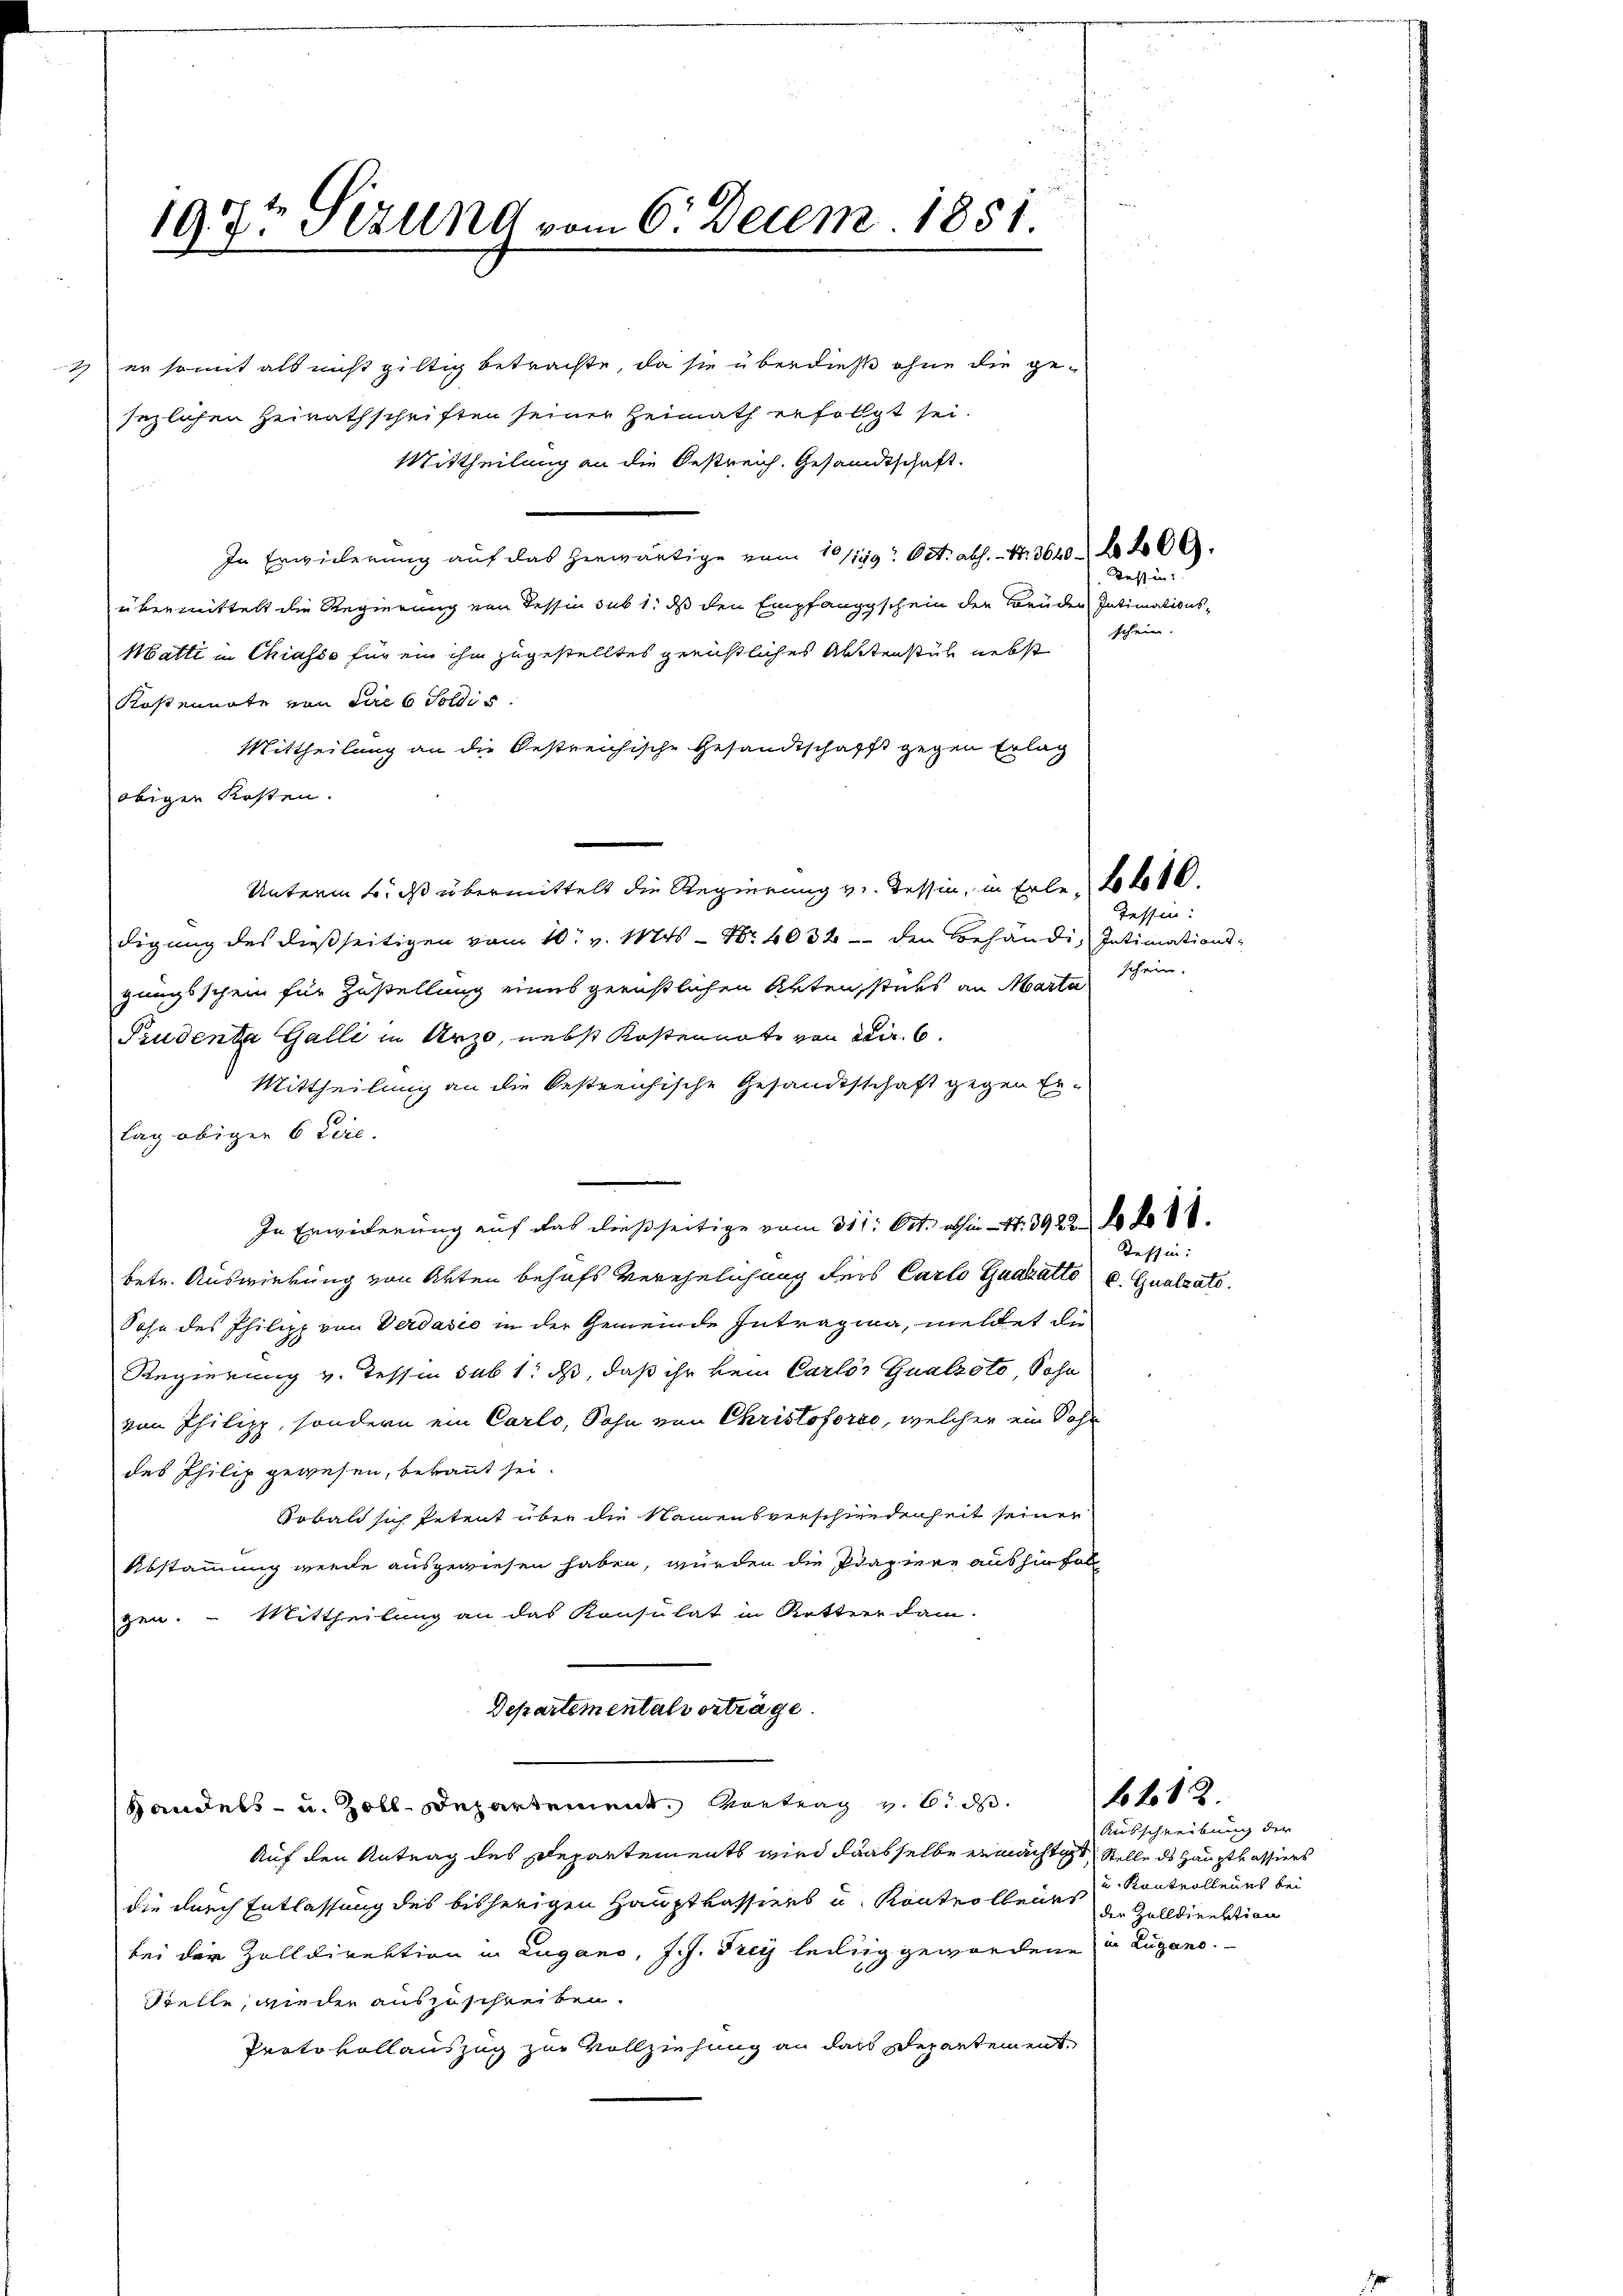
197t Sizung vom 6. Decem. 1851.
er somit als nicht giltig betrachte, da sie überdieß ohne die ge¬

sezlichen Heirathschriften seiner Heimath erfolgt sei.
Mittheilung an die Oestreich. Gesandtschaft.
In Erwiederung auf das herwärtige vom 10/119. Oct. ab. Nr. 3640 f 20
übermittelt die Regierung von Tessin sub 1. ds den Empfangschein der Brüder Intimations-
Matti in Chiasso für ein ihn zugestelltes greistliches Aktenstüh nebst
Kostennate von die 6 Soldis
Mittheilung an die bestreichische Gesandtschafft gegen Erlag
obigen Kosten.
Unterm 6. ds übermittelt die Regierung v. Tessin, in Erle-Lobo 16.
digung des dießseitigen vom 10. v. Mts. - Nr. 4032 - den Behändig Intimationsschein.
gungsschein für Zustellung eines gernstlichen Akten stets an Marta
Prudente Galli in Urze, nebst Kostennote von der 6.
Mittheilung an die bestreichische Gesandtschaft gegen Erlag obiger 6 Lire.
In Erwiderung auf das dießseitige vom 311. Oct. abhin Nr. 39220 l.
betr. Auswirkung von Akten behufs verehelichung ders Carlo Gustatte u. Qualzato.
Sohn des Philipp von Verdašić in der Gemeinde Intragia, meldet die
Regierung v. Tessin sub 1. ds, daß ihr kein Carlos Qualzoto, Sohn
von Philipp, sondern ein Carlo, Sohn von Christoforto, welcher ein Sohn
des Philip gewesen, bekannt sei.
Sobald sich Petent über die Namensverschiedenheit seiner
Abstammung werde ausgewiesen haben, würden die Papiere aushinfol
gen. – Mittheilung an das Konsulat in Retter dam-
Departementalvertrage.
6482.
Handels- u. Zoll-Departement, Vortrag v. ds.
Auf den Antrag des Departements wird dasselbe ermächtich Stelle ds Hauptkassiers
die durch Entlassung des bisherigen Hauptkassiers u. Kontrollents der Zolldirektion
bei der Zolldirektion in Lugano, J. J. Frey heilig gewordene in Lugano.
Stelle, wieder auszuschreiben.
Protokollauszug zur Vollziehung an dass Departement,

n

Tessin:

Seffin:

Tessin:

schein.

Ausschreibung der
u. Kantrollenes bei